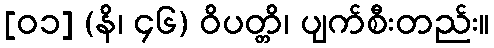
[၀၁] (နိ၊ ၄၆) ဝိပတ္တိ၊ ပျက်စီးတည်း။